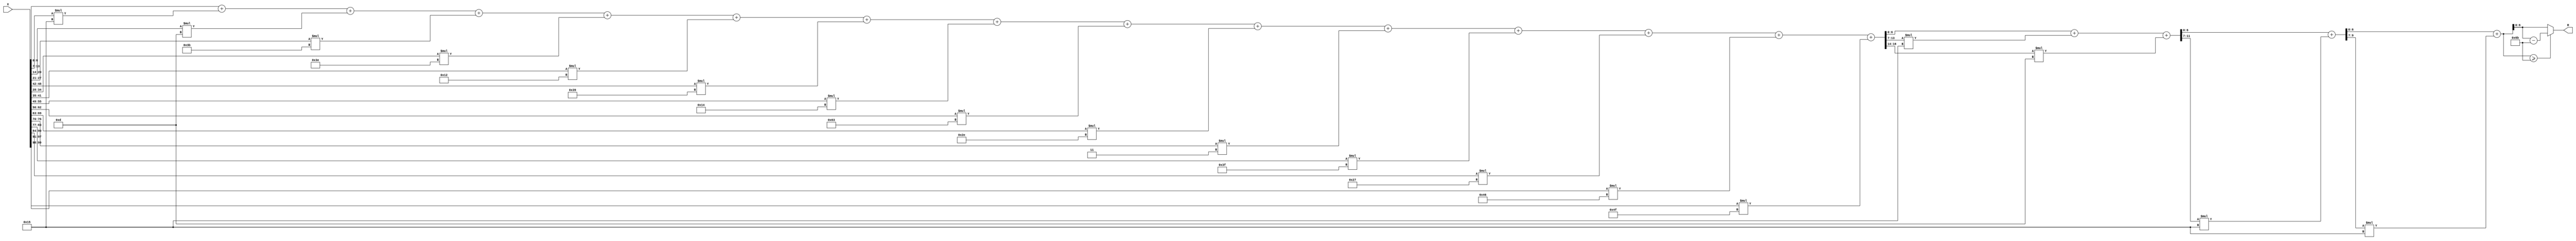
module x_100_mod_107	(
    input [100:1] X,
    output [7:1] R
    );

wire [17:1] R_temp_1;
wire [12:1] R_temp_2;
wire [10:1] R_temp_3;
wire [8:1] R_temp_4;
reg [7:1]  R_temp;

assign R_temp_1 = X [ 7 : 1 ]  + X [ 14 : 8 ] * 5'b10101 + X [ 21 : 15 ] * 4'b1101 + X [ 28 : 22 ] * 6'b111011 + 
		  X [ 35 : 29 ] * 6'b111110 + X [ 42 : 36 ] * 5'b10010 + X [ 49 : 43 ] * 6'b111001 + 
		  X [ 56 : 50 ] * 5'b10100 + X [ 63 : 57 ] * 7'b1100011 + X [ 70 : 64 ] * 6'b101110 + 
		  X [ 77 : 71 ] * 2'b11 + X [ 84 : 78 ] * 6'b111111 + X [ 91 : 85 ] * 6'b100111 + 
		  X [ 98 : 92 ] * 7'b1000110 + X [ 100 : 99 ] * 7'b1001111 ;

assign R_temp_2 = R_temp_1 [ 7 : 1 ]  + R_temp_1 [ 14 : 8 ] * 5'b10101 + R_temp_1 [ 17 : 15 ] * 4'b1101 ;

assign R_temp_3 = R_temp_2 [ 7 : 1 ]  + R_temp_2 [ 12 : 8 ] * 5'b10101 ;

assign R_temp_4 = R_temp_3 [ 7 : 1 ]  + R_temp_3 [ 10 : 8 ] * 5'b10101;

always @(R_temp_4)
begin
  if (R_temp_4 >= 7'b1101011)
    R_temp <= R_temp_4 - 7'b1101011;
  else
    R_temp <= R_temp_4;
end

assign R = R_temp;

endmodule